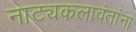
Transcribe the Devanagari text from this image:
नाट्यकलावंतांना